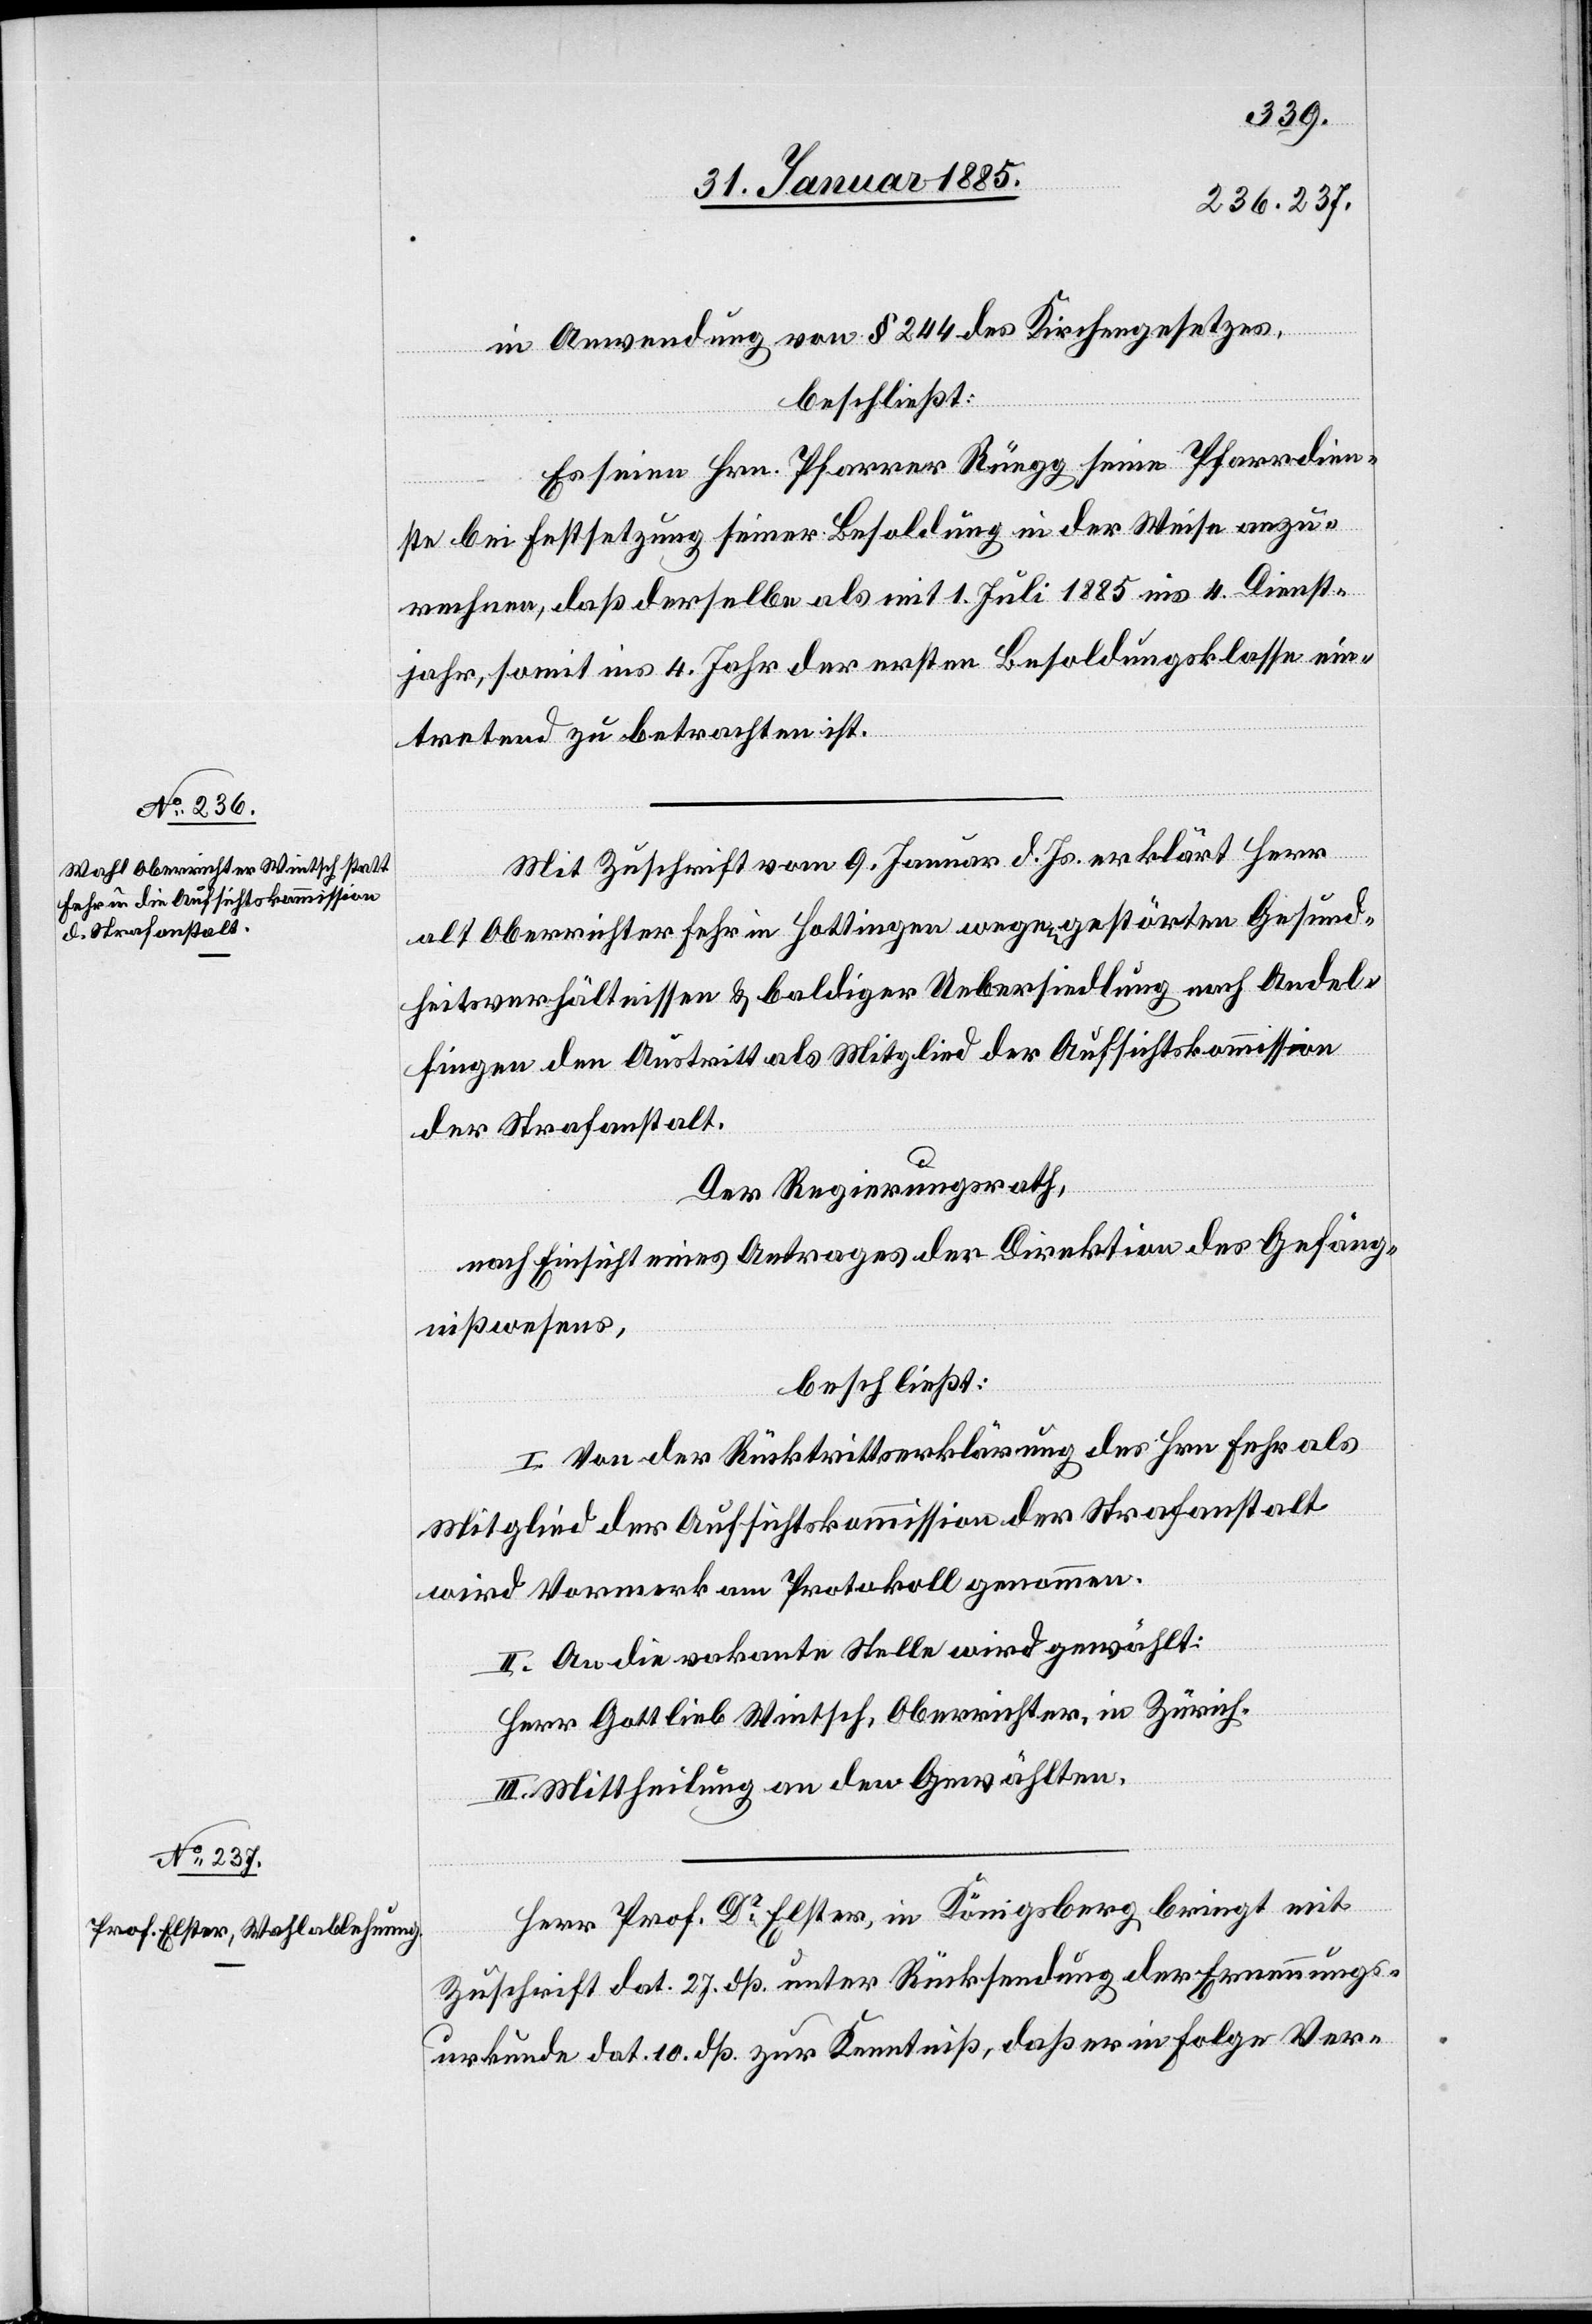
in Anwendung von § 244 des Kirchengesetzes,
beschließt:
Es seien Hrn. Pfarrer Rüegg seine Pfarrdien¬
ste bei Festsetzung seiner Besoldung in der Weise anzu¬
rechnen, daß derselbe als mit 1. Juli 1885 in 4 Dienst¬
jahr, somit in 4 Jahr der ersten Besoldungsklasse ein¬
tretend zu betrachten ist.
Mit Zuschrift vom 9. Januar d. Js. erklärt Herr
alt Oberrichter Fehr in Hottingen wegen gestörten Gesund¬
heitsverhältnissen & baldiger Uebersiedlung nach Andel¬
fingen den Austritt als Mitglied der Aufsichtskommission
der Strafanstalt.
Der Regierungsrath,
nach Einsicht eines Antrages der Direktion des Gefäng¬
nißwesens,
beschließt:
I. Von der Rücktrittserkärung der Hrn. Fehr als
Mitglied der Aufsichtskommission der Strafanstalt
wird Vormerk am Protokoll genommen.
II. An die vakante Stelle wird gewählt:
Herr Gottlieb Wintsch, Oberrichter, in Zürich.
III. Mittheilung an den Gewählten.
Herr Prof. Dr Elster, in Königsberg bringt mit
Zuschrift dat. 27. dß. unter Rücksendung der Erkennungs¬
urkunde dat. 10 dß. zur Kenntniß, das er in Folge Ver-